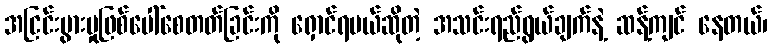
အငြင်းပွားမှုဖြစ်ပေါ်စေတတ်ခြင်းကို ရှောင်ရမယ်ဆိုတဲ့ အသင်းရည်ရွယ်ချက်နဲ့ ဆန့်ကျင် နေတယ်၊